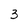
Character: 3